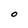
Character: O